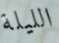
الليلة